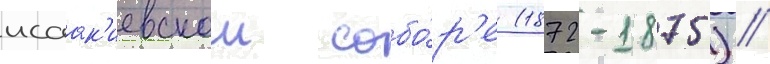
исаак'иевском собо́р'е (1872-1875) //